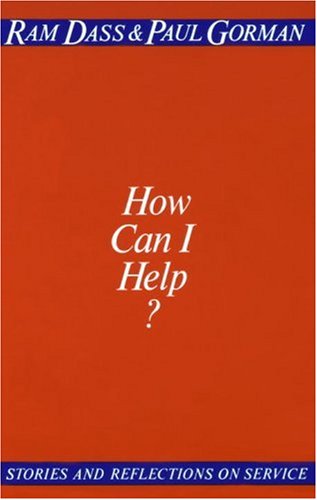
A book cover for How Can I Help?; Ram Dass; Religion & Spirituality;